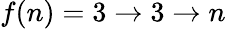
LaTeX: f(n)=3\rightarrow 3\rightarrow n